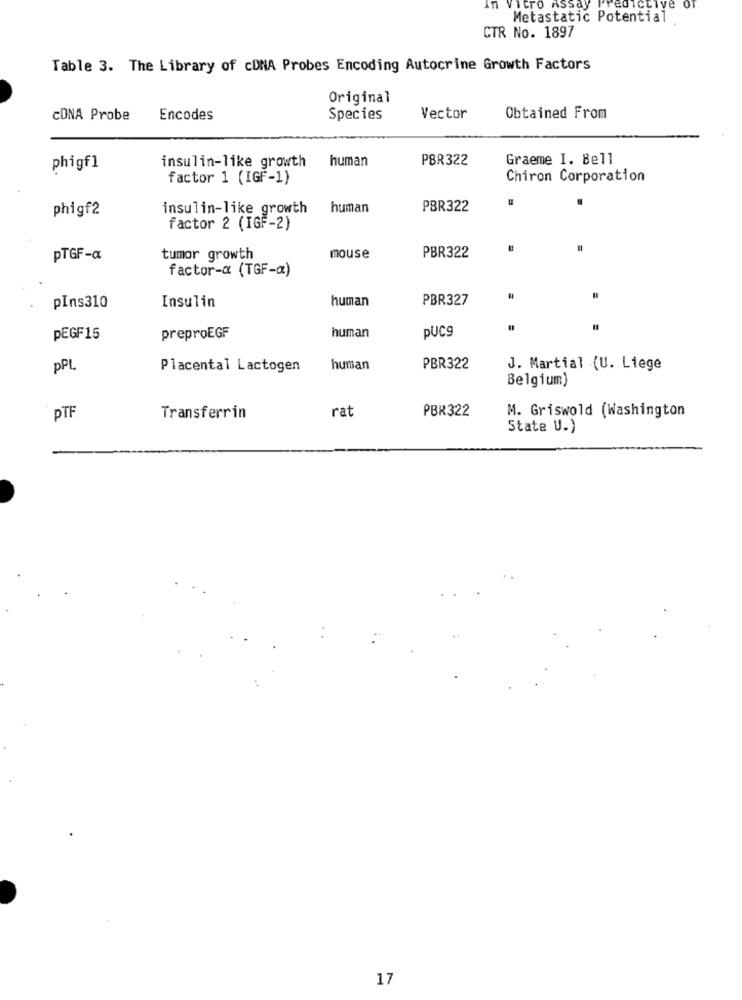
in Vitro Assay
edictive
Metastatic Potential
CTR No. 1897
Table 3. The Library of cDNA Probes Encoding Autocrine Growth Factors
Original
CONA Probe
Encodes
Species
Vector
Obtained From
human
PBR322
Graeme I. Bell
phigf1
insulin-like growth
factor 1 (IGF-1)
Chiron Corporation
phigf2
insulin-like growth
human
PBR322
factor 2 (IGF-2)
PTGF-a
tumor growth
mouse
PBR322
factor-x (TGF-a)
Insulin
human
PBR327
pIns310
PUC9
PEGF15
preproEGF
human
pPL
Placental Lactogen
human
PBR322
J. Martial (U. Liege
Belgium)
PTF
rat
PBR322
M. Griswold (Washington
Transferrin
State U.)
17